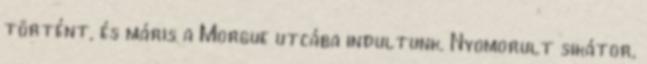
történt, és máris a Morgue utcába indultunk. Nyomorult sikátor,